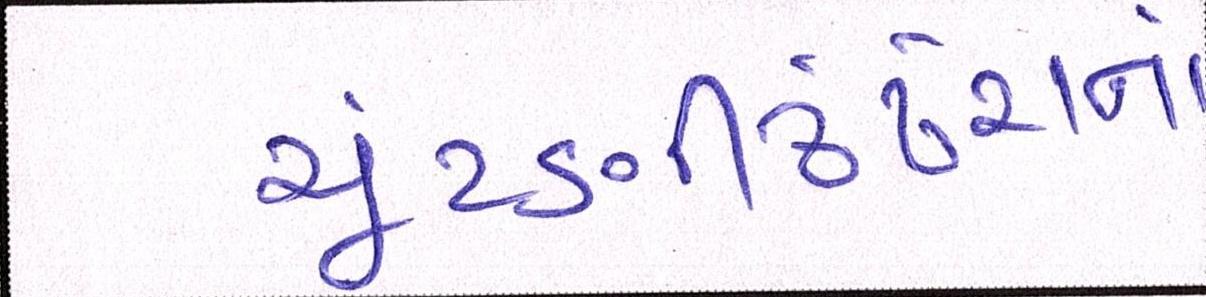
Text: ચૂંટણીઢંઢેરાનાં